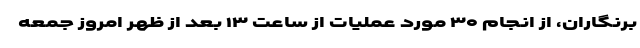
برنگاران، از انجام ۳۰ مورد عملیات از ساعت ١٣ بعد از ظهر امروز جمعه